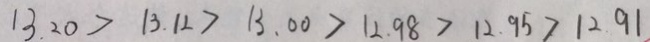
1 3 . 2 0 > 1 3 . 1 2 > 1 3 . 0 0 > 1 2 . 9 8 > 1 2 . 9 5 > 1 2 . 9 1